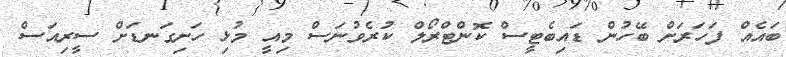
ބައެއް ފަހަރަށް ބޭހުން ޑައިބެޓީސް ކޮންޓްރޯލް ކުރެވުނަސް މިއީ މުޅި ހަށިގަނޑަށް ސީރިއަސް